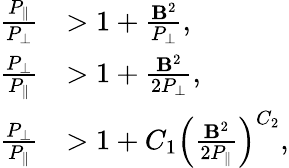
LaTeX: \begin{array}{rl}{\frac{P_{\| }}{P_{\perp}}}&{>1+\frac{\mathbf{B}^{2}}{P_{\perp}},}\\ {\frac{P_{\perp}}{P_{\| }}}&{>1+\frac{\mathbf{B}^{2}}{2P_{\perp}},}\\ {\frac{P_{\perp}}{P_{\| }}}&{>1+C_{1}\left(\frac{\mathbf{B}^{2}}{2P_{\| }}\right)^{C_{2}},}\end{array}